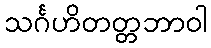
သင်္ဂဟိတတ္တဘာဝါ